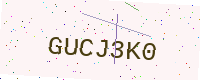
Text: GUCJ3K0